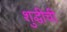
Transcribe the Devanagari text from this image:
शुद्धीची